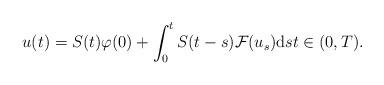
LaTeX: \begin{align*}u(t) = S(t) \varphi(0) + \int_{0}^{t} S(t - s) \mathcal{F}(u_{s}) \mathrm{d} s t \in (0, T).\end{align*}